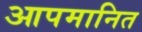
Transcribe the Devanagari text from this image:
आपमानित